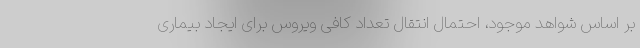
بر اساس شواهد موجود، احتمال انتقال تعداد کافی ویروس برای ایجاد بیماری